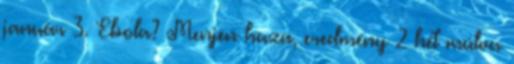
január 3. Ebola? Menjen haza, eredmény 2 hét múlva